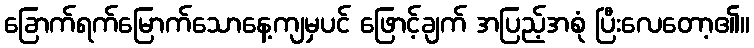
ခြောက်ရက်မြောက်သောနေ့ကျမှပင် ဖြောင့်ချက် အပြည့်အစုံ ပြီးလေတော့၏။